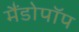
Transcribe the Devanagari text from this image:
मैंडोपॉप